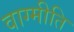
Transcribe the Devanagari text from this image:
वाग्मीति